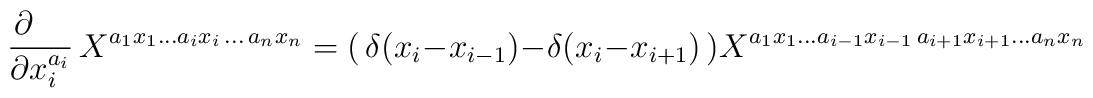
\frac {\partial \phantom{iii}} {\partial x_i^{a_i}} \,X^{a_1 x_1\ldots a_i x_i \,\ldots\,a_nx_n} = \bigl( \,\delta(x_i-x_{i-1}) - \delta(x_i-x_{i+1}) \,\bigr) X^{ a_1 x_1\ldots a_{i-1} x_{i-1}\,a_{i+1} x_{i+1}\ldots a_n x_n}